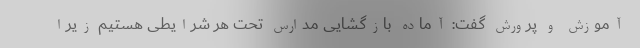
آموزش و پرورش گفت: آماده بازگشایی مدارس تحت هر شرایطی هستیم زیرا